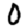
Digit: 0